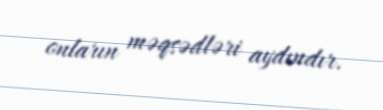
onların məqsədləri aydındır.